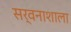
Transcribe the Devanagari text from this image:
सर्वनाशाला